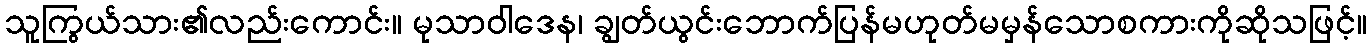
သူကြွယ်သား၏လည်းကောင်း။ မုသာဝါဒေန၊ ချွတ်ယွင်းဘောက်ပြန်မဟုတ်မမှန်သောစကားကိုဆိုသဖြင့်။